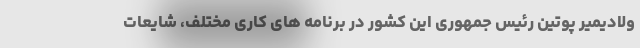
ولادیمیر پوتین رئیس جمهوری این کشور در برنامه های کاری مختلف، شایعات